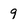
Character: 9